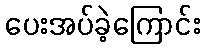
ပေးအပ်ခဲ့ကြောင်း